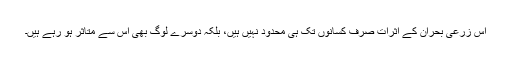
اس زرعی بحران کے اثرات صرف کسانوں تک ہی محدود نہیں ہیں، بلکہ دوسرے لوگ بھی اس سے متاثر ہو رہے ہیں۔